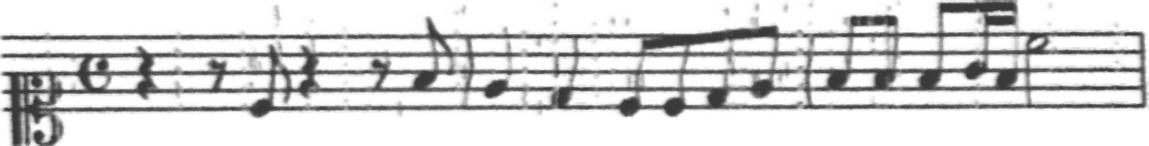
Transcription: clef-C1 timeSignature-C rest-quarter rest-eighth note-C4_eighth rest-quarter rest-eighth note-F4_eighth barline note-E4_quarter note-D4_quarter note-C4_eighth note-C4_eighth note-D4_eighth note-E4_eighth barline note-F4_eighth note-F4_eighth note-F4_eighth note-G4_sixteenth note-F4_sixteenth note-C5_half barline